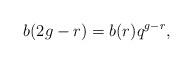
LaTeX: \begin{align*} b(2g-r)=b(r)q^{g-r},\end{align*}